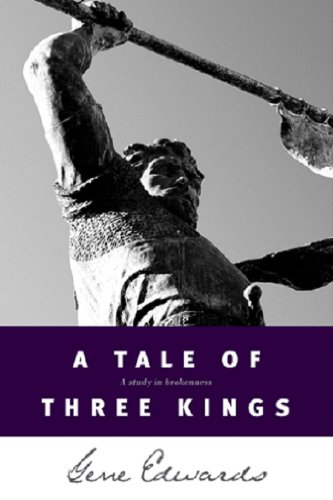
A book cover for A Tale of three Kings: A Study in Brokenness; Gene Edwards; Literature & Fiction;